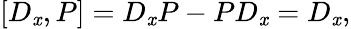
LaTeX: \left[D_{\mathit{x}},P\right]=D_{\mathit{x}}P-PD_{\mathit{x}}=D_{\mathit{x}},